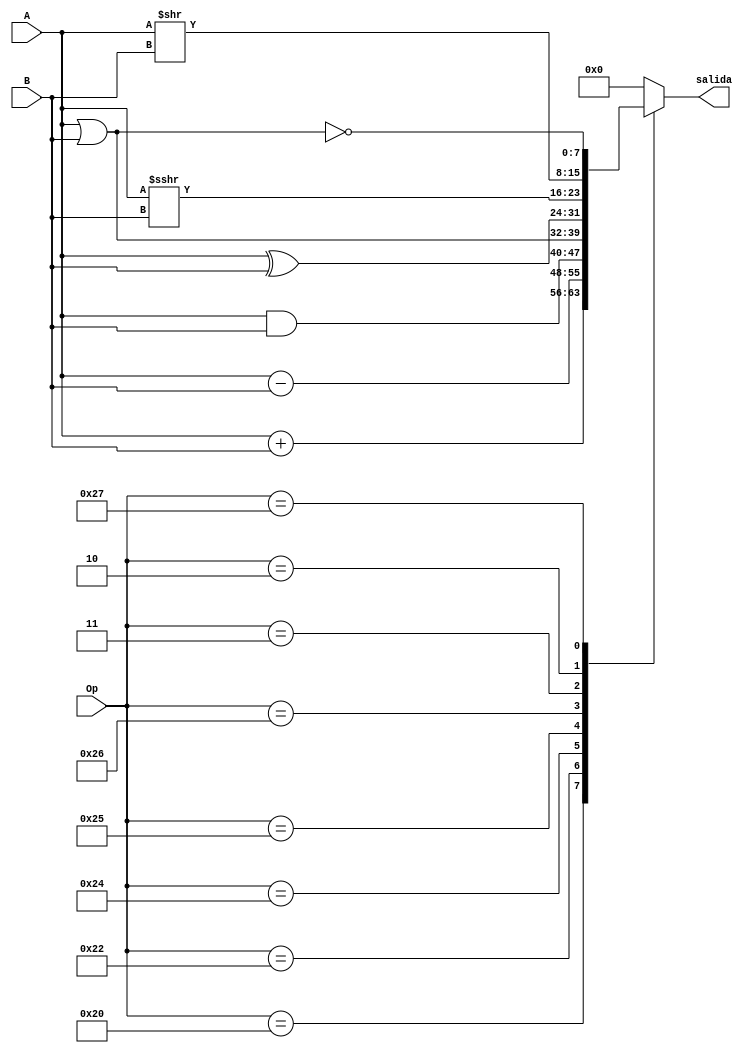
`timescale 1ns / 1ps
//////////////////////////////////////////////////////////////////////////////////
// Company: 
// Engineer: 
// 
// Design Name: 
// Module Name: Alu
// Project Name: 
// Target Devices: 
// Tool Versions: 
// Description: 
// 
// Dependencies: 
// 
// Revision:
// Revision 0.01 - File Created
// Additional Comments:
// 
//////////////////////////////////////////////////////////////////////////////////

module Alu
#(
    parameter N_BITS = 8,
    parameter N_OP   = 6
)
(
	input wire signed [N_BITS-1:0] A,
	input wire signed [N_BITS-1:0] B,	    // entradas a la ALU
	input wire [N_OP-1:0] Op,
	output reg signed [N_BITS-1:0] salida	
);
    always @(*) begin: alu
        case (Op)
            6'b100000 : salida = A + B; // ADD
            6'b100010 : salida = A - B; // SUB
            6'b100100 : salida = A & B; // AND
            6'b100101 : salida = A | B; // OR
            6'b100110 : salida = A ^ B; // XOR
            6'b000011 : salida = A >>> B; // SRA
            6'b000010 : salida = A >> B; // SRL
            6'b100111 : salida = ~(A | B); // NOR
            default : salida = 0;
	    endcase
    end
endmodule